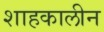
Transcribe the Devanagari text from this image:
शाहकालीन